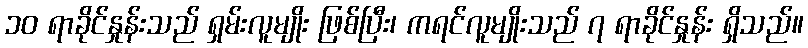
၁၀ ရာခိုင်နှုန်းသည် ရှမ်းလူမျိုး ဖြစ်ပြီး၊ ကရင်လူမျိုးသည် ၇ ရာခိုင်နှုန်း ရှိသည်။